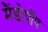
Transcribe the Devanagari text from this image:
मैंडोपॉप